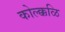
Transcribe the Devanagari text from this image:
कोल्क्कळि